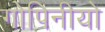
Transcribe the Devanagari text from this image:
गोपिनीयो